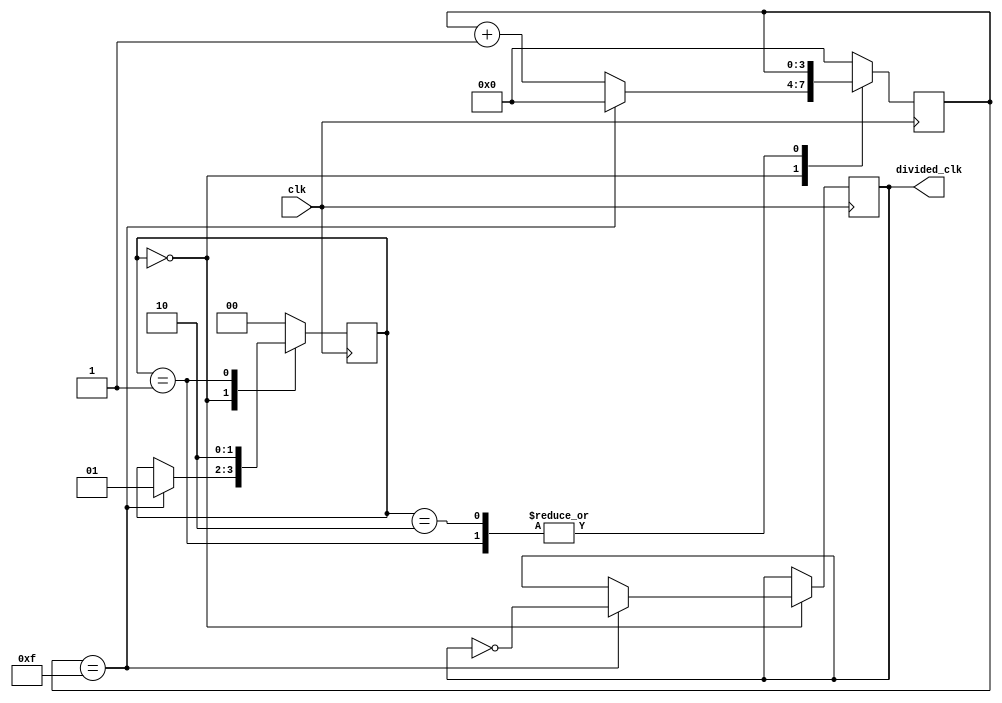
module JohnsonCounterClockDivider (
    input wire clk,
    output wire divided_clk
);

reg [3:0] count;
reg [1:0] state;

always @(posedge clk) begin
    case (state)
        2'b00: begin
            if (count == 4'b1111) begin
                count <= 4'b0000;
                divided_clk <= ~divided_clk;
                state <= 2'b01;
            end else begin
                count <= count + 1;
            end
        end
        2'b01: begin
            state <= 2'b10;
        end
        2'b10: begin
            state <= 2'b00;
        end
        default: begin
            count <= 4'b0000;
            state <= 2'b00;
        end
    endcase
end

endmodule